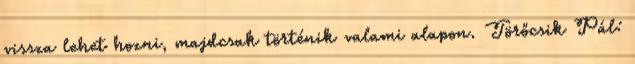
vissza lehet hozni, majdcsak történik valami alapon. Törőcsik Pál: